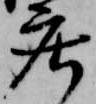
庄